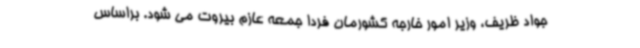
جواد ظریف، وزیر امور خارجه کشورمان فردا جمعه عازم بیروت می شود. براساس